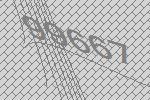
99667